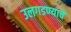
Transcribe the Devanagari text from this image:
उलगडण्याचे